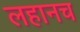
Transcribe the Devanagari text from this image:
लहानच